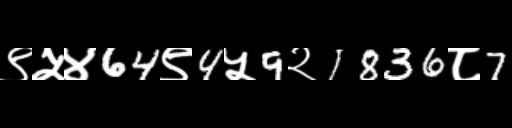
Text: ९५४64९4५9२1836८7